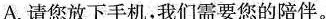
A.请您放下手机，我们需要您的陪伴。